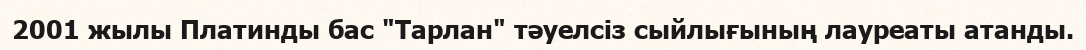
2001 жылы Платинды бас "Тарлан" тәуелсіз сыйлығының лауреаты атанды.